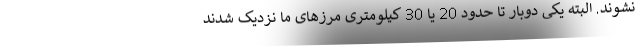
نشوند. البته یکی دوبار تا حدود 20 یا 30 کیلومتری مرزهای ما نزدیک شدند